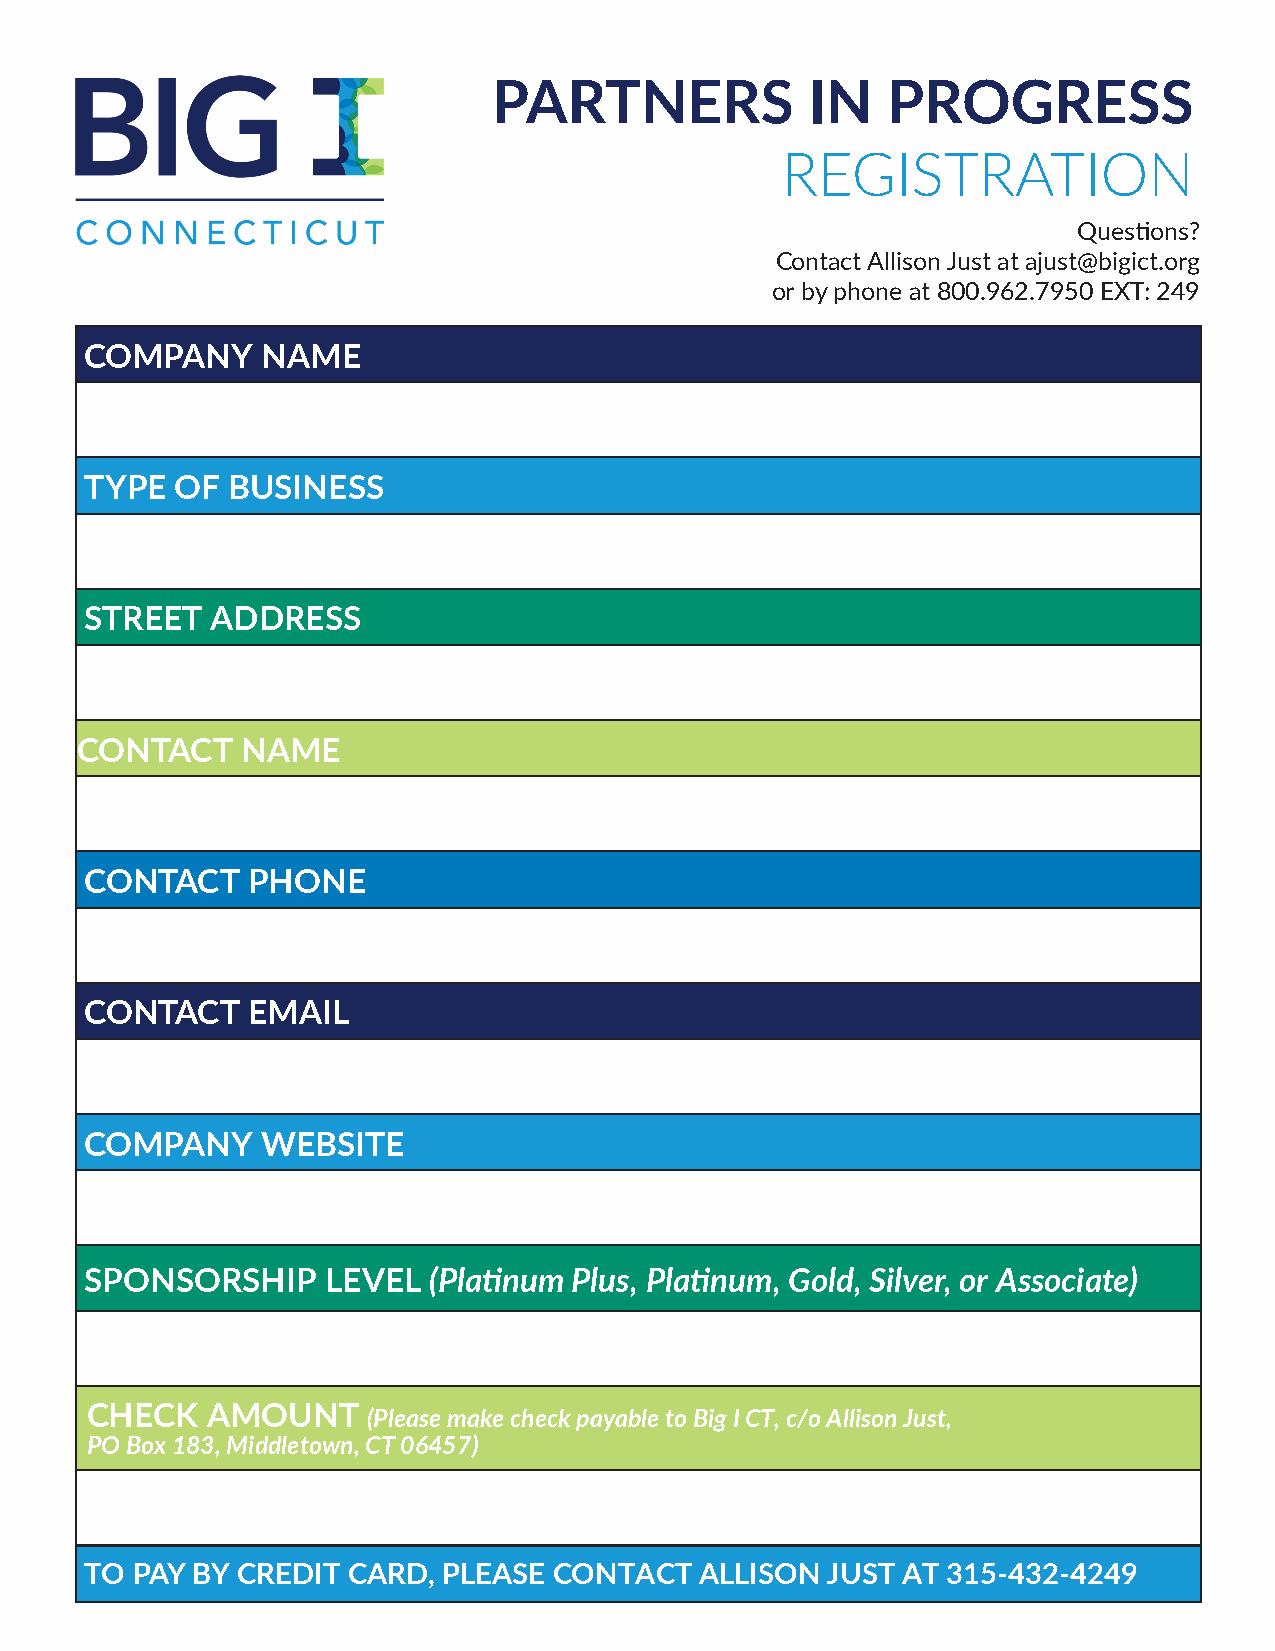
PARTNERS             IN   PROGRESS
 REGISTRATION
 Questions?
 Contact Allison Just at ajust@bigict.org
 or by phone at 800.962.7950 EXT: 249
 COMPANY    NAME
 TYPE  OF BUSINESS
 STREET  ADDRESS
 CONTACT    NAME
 CONTACT   PHONE
 CONTACT   EMAIL
 COMPANY    WEBSITE
 SPONSORSHIP     LEVEL (Platinum Plus, Platinum, Gold, Silver, or Associate)
 CHECK   AMOUNT    (Please make check payable to Big I CT, c/o Allison Just,
 PO Box 183, Middletown, CT 06457)
 TO PAY BY CREDIT CARD, PLEASE  CONTACT  ALLISON  JUST AT 315-432-4249